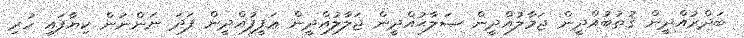
ބަދްރުއްދީން ޤުޠުބުއްދީން ޖަމާލުއްދީން ޞަލާޙުއްދީން ޖަލާލުއްދީން ޢަފީފުއްދީން ފަދަ ނަންނަން ކިޔާފައި ހުރި